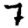
Digit: 7